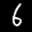
Label: 6